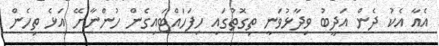
އެއާ އެކު ދެން އަދީބު ވިދާޅުވަނީ ތިގޮތުގައި ހިފަހައްޓައިގެން ހުންނާށޭ އަޅެ ތިހެން